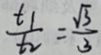
\frac { t _ { 1 } } { t _ { 2 } } = \frac { \sqrt { 3 } } { 3 }